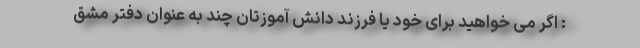
: اگر می خواهید برای خود یا فرزند دانش آموزتان چند به عنوان دفتر مشق